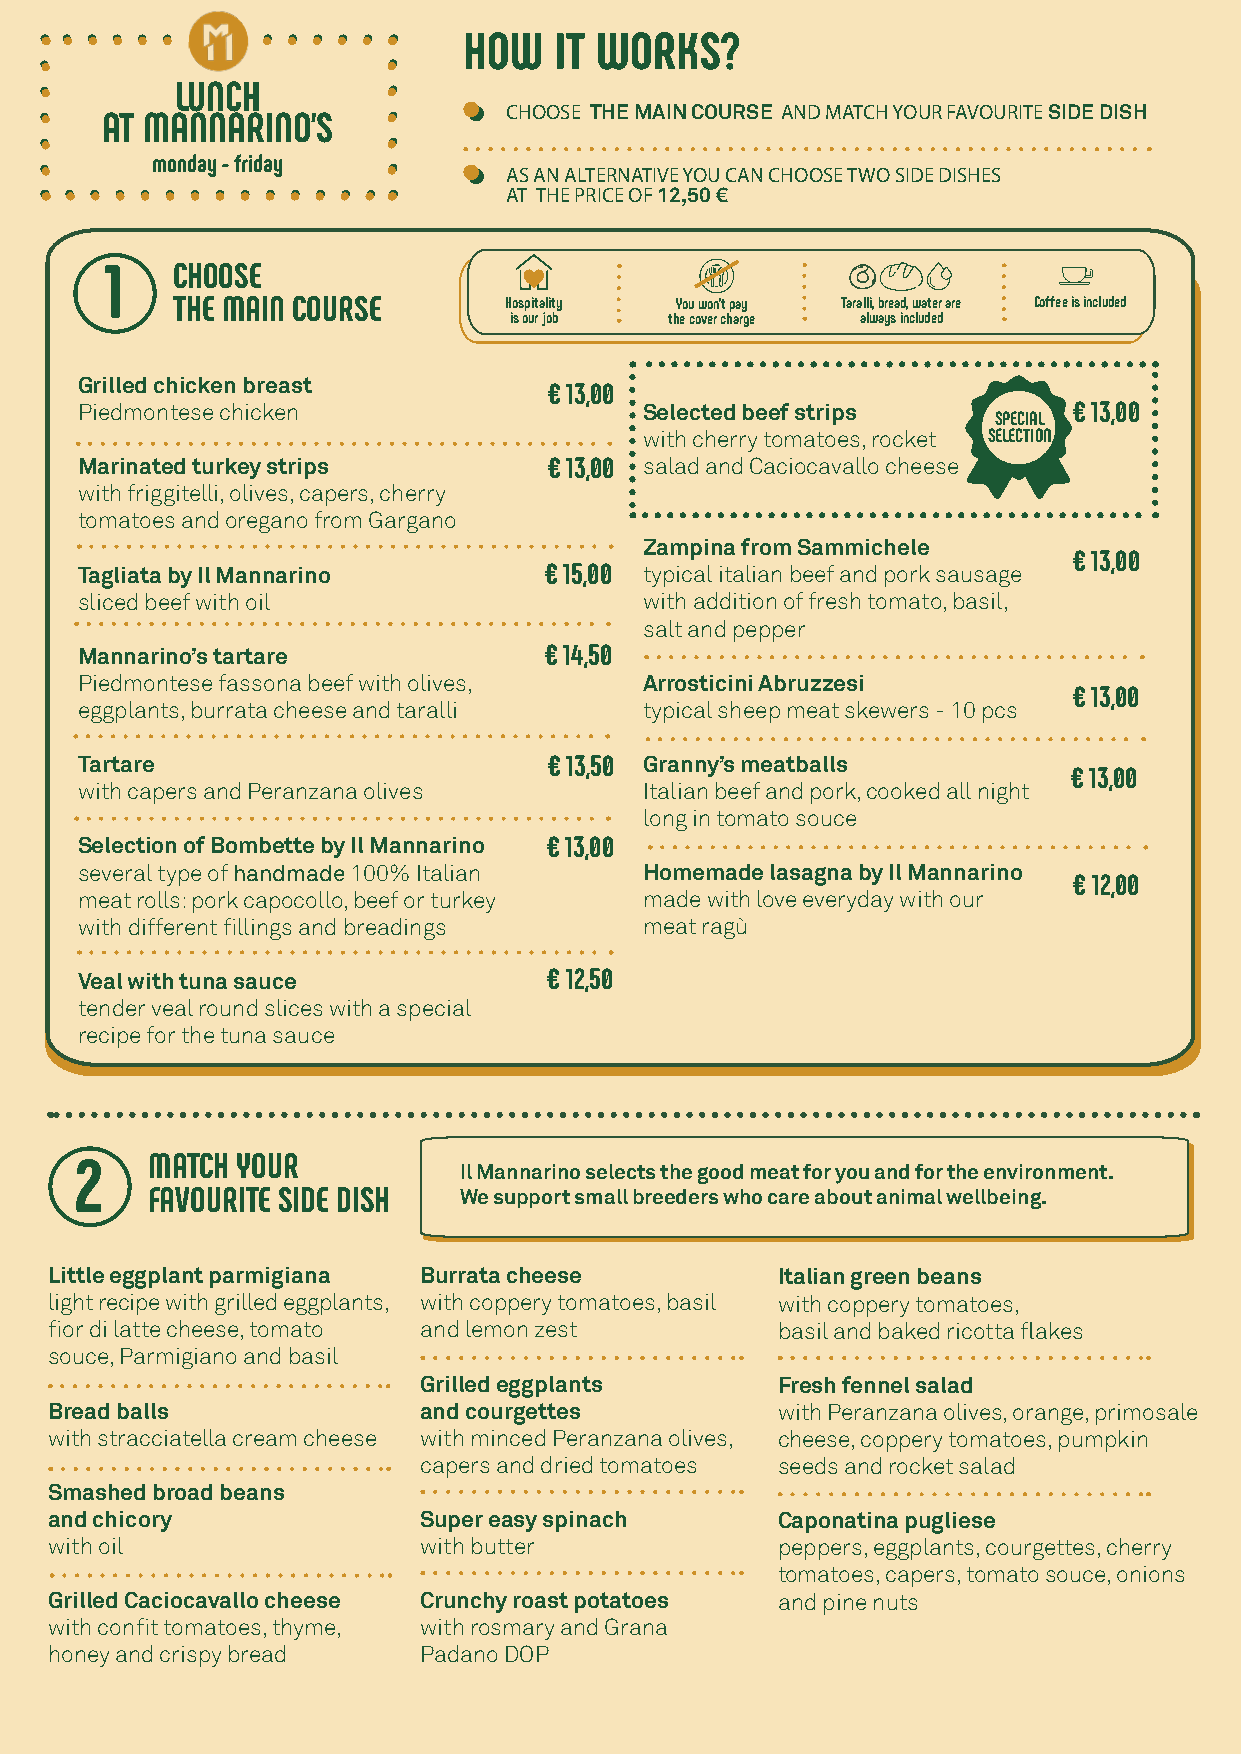
HOW   IT WORKS?
 LUNCH
 CHOOSE THE MAIN COURSE AND MATCH YOUR FAVOURITE SIDE DISH
 AT MANNARINO’S
 monday - friday
 AS AN ALTERNATIVE YOU CAN CHOOSE TWO SIDE DISHES
 AT THE PRICE OF 12,50 €
 1   CHOOSE
 THE MAIN COURSE       Hospitality You won’t pay Taralli, bread, water are Coffee is included
 is our job the cover charge always included
 Grilled chicken breast         € 13,00
 Piedmontese chicken                   Selected beef strips        € 13,00
 SPECIAL
 with cherry tomatoes, rocket SELECTION
 Marinated turkey strips        € 13,00 salad and Caciocavallo cheese
 with friggitelli, olives, capers, cherry
 tomatoes and oregano from Gargano
 Zampina from Sammichele
 € 13,00
 Tagliata by Il Mannarino       € 15,00 typical italian beef and pork sausage
 sliced beef with oil                  with addition of fresh tomato, basil,
 salt and pepper
 Mannarino’s tartare            € 14,50
 Piedmontese fassona beef with olives, Arrosticini Abruzzesi
 € 13,00
 eggplants, burrata cheese and taralli typical sheep meat skewers - 10 pcs
 Tartare                        € 13,50 Granny’s meatballs
 € 13,00
 with capers and Peranzana olives      Italian beef and pork, cooked all night
 long in tomato souce
 Selection of Bombette by Il Mannarino € 13,00
 several type of handmade 100% Italian Homemade lasagna by Il Mannarino
 € 12,00
 meat rolls: pork capocollo, beef or turkey made with love everyday with our
 with different fillings and breadings meat ragù
 Veal with tuna sauce           € 12,50
 tender veal round slices with a special
 recipe for the tuna sauce
 2    MATCH YOUR          Il Mannarino selects the good meat for you and for the environment.
 FAVOURITE SIDE DISH We support small breeders who care about animal wellbeing.
 Little eggplant parmigiana Burrata cheese       Italian green beans
 light recipe with grilled eggplants, with coppery tomatoes, basil with coppery tomatoes,
 fior di latte cheese, tomato and lemon zest     basil and baked ricotta flakes
 souce, Parmigiano and basil
 Grilled eggplants      Fresh fennel salad
 Bread balls              and courgettes         with Peranzana olives, orange, primosale
 with stracciatella cream cheese with minced Peranzana olives, cheese, coppery tomatoes, pumpkin
 capers and dried tomatoes seeds and rocket salad
 Smashed broad beans
 and chicory              Super easy spinach     Caponatina pugliese
 with oil                 with butter            peppers, eggplants, courgettes, cherry
 tomatoes, capers, tomato souce, onions
 Grilled Caciocavallo cheese Crunchy roast potatoes and pine nuts
 with confit tomatoes, thyme, with rosmary and Grana
 honey and crispy bread   Padano DOP